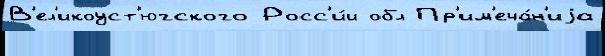
В'ел'икоуст'югского Росс'и́и обл Пр'им'еча́н'иjа